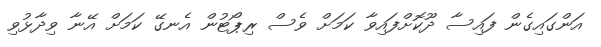
އަންގައިގެން ފައިސާ ދޫކޮށްފައިވާ ކަމަށް ވެސް ރިޕޯޓުން އެނގޭ ކަމަށް އޭނާ ވިދާޅުވި